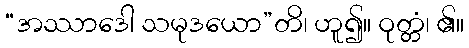
“အဿာဒေါ သမုဒယော”တိ၊ ဟူ၍။ ဝုတ္တံ၊ ၏။